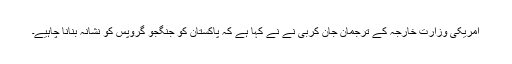
امریکی وزارت خارجہ کے ترجمان جان کربی نے نے کہا ہے کہ پاکستان کو جنگجو گروپس کو نشانہ بنانا چاہیے۔